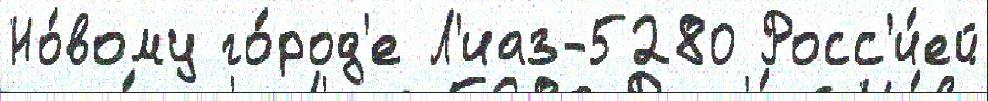
Но́вому го́род'е Л'иаз-5280 Росс'и́ей